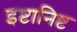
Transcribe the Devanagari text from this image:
इष्टानिष्ट